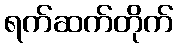
ရက်ဆက်တိုက်